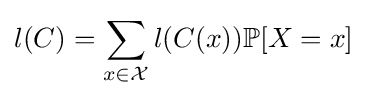
l(C)=\sum _{x\in {\mathcal {X}}}l(C(x))\mathbb {P} [X=x]